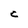
Character: C